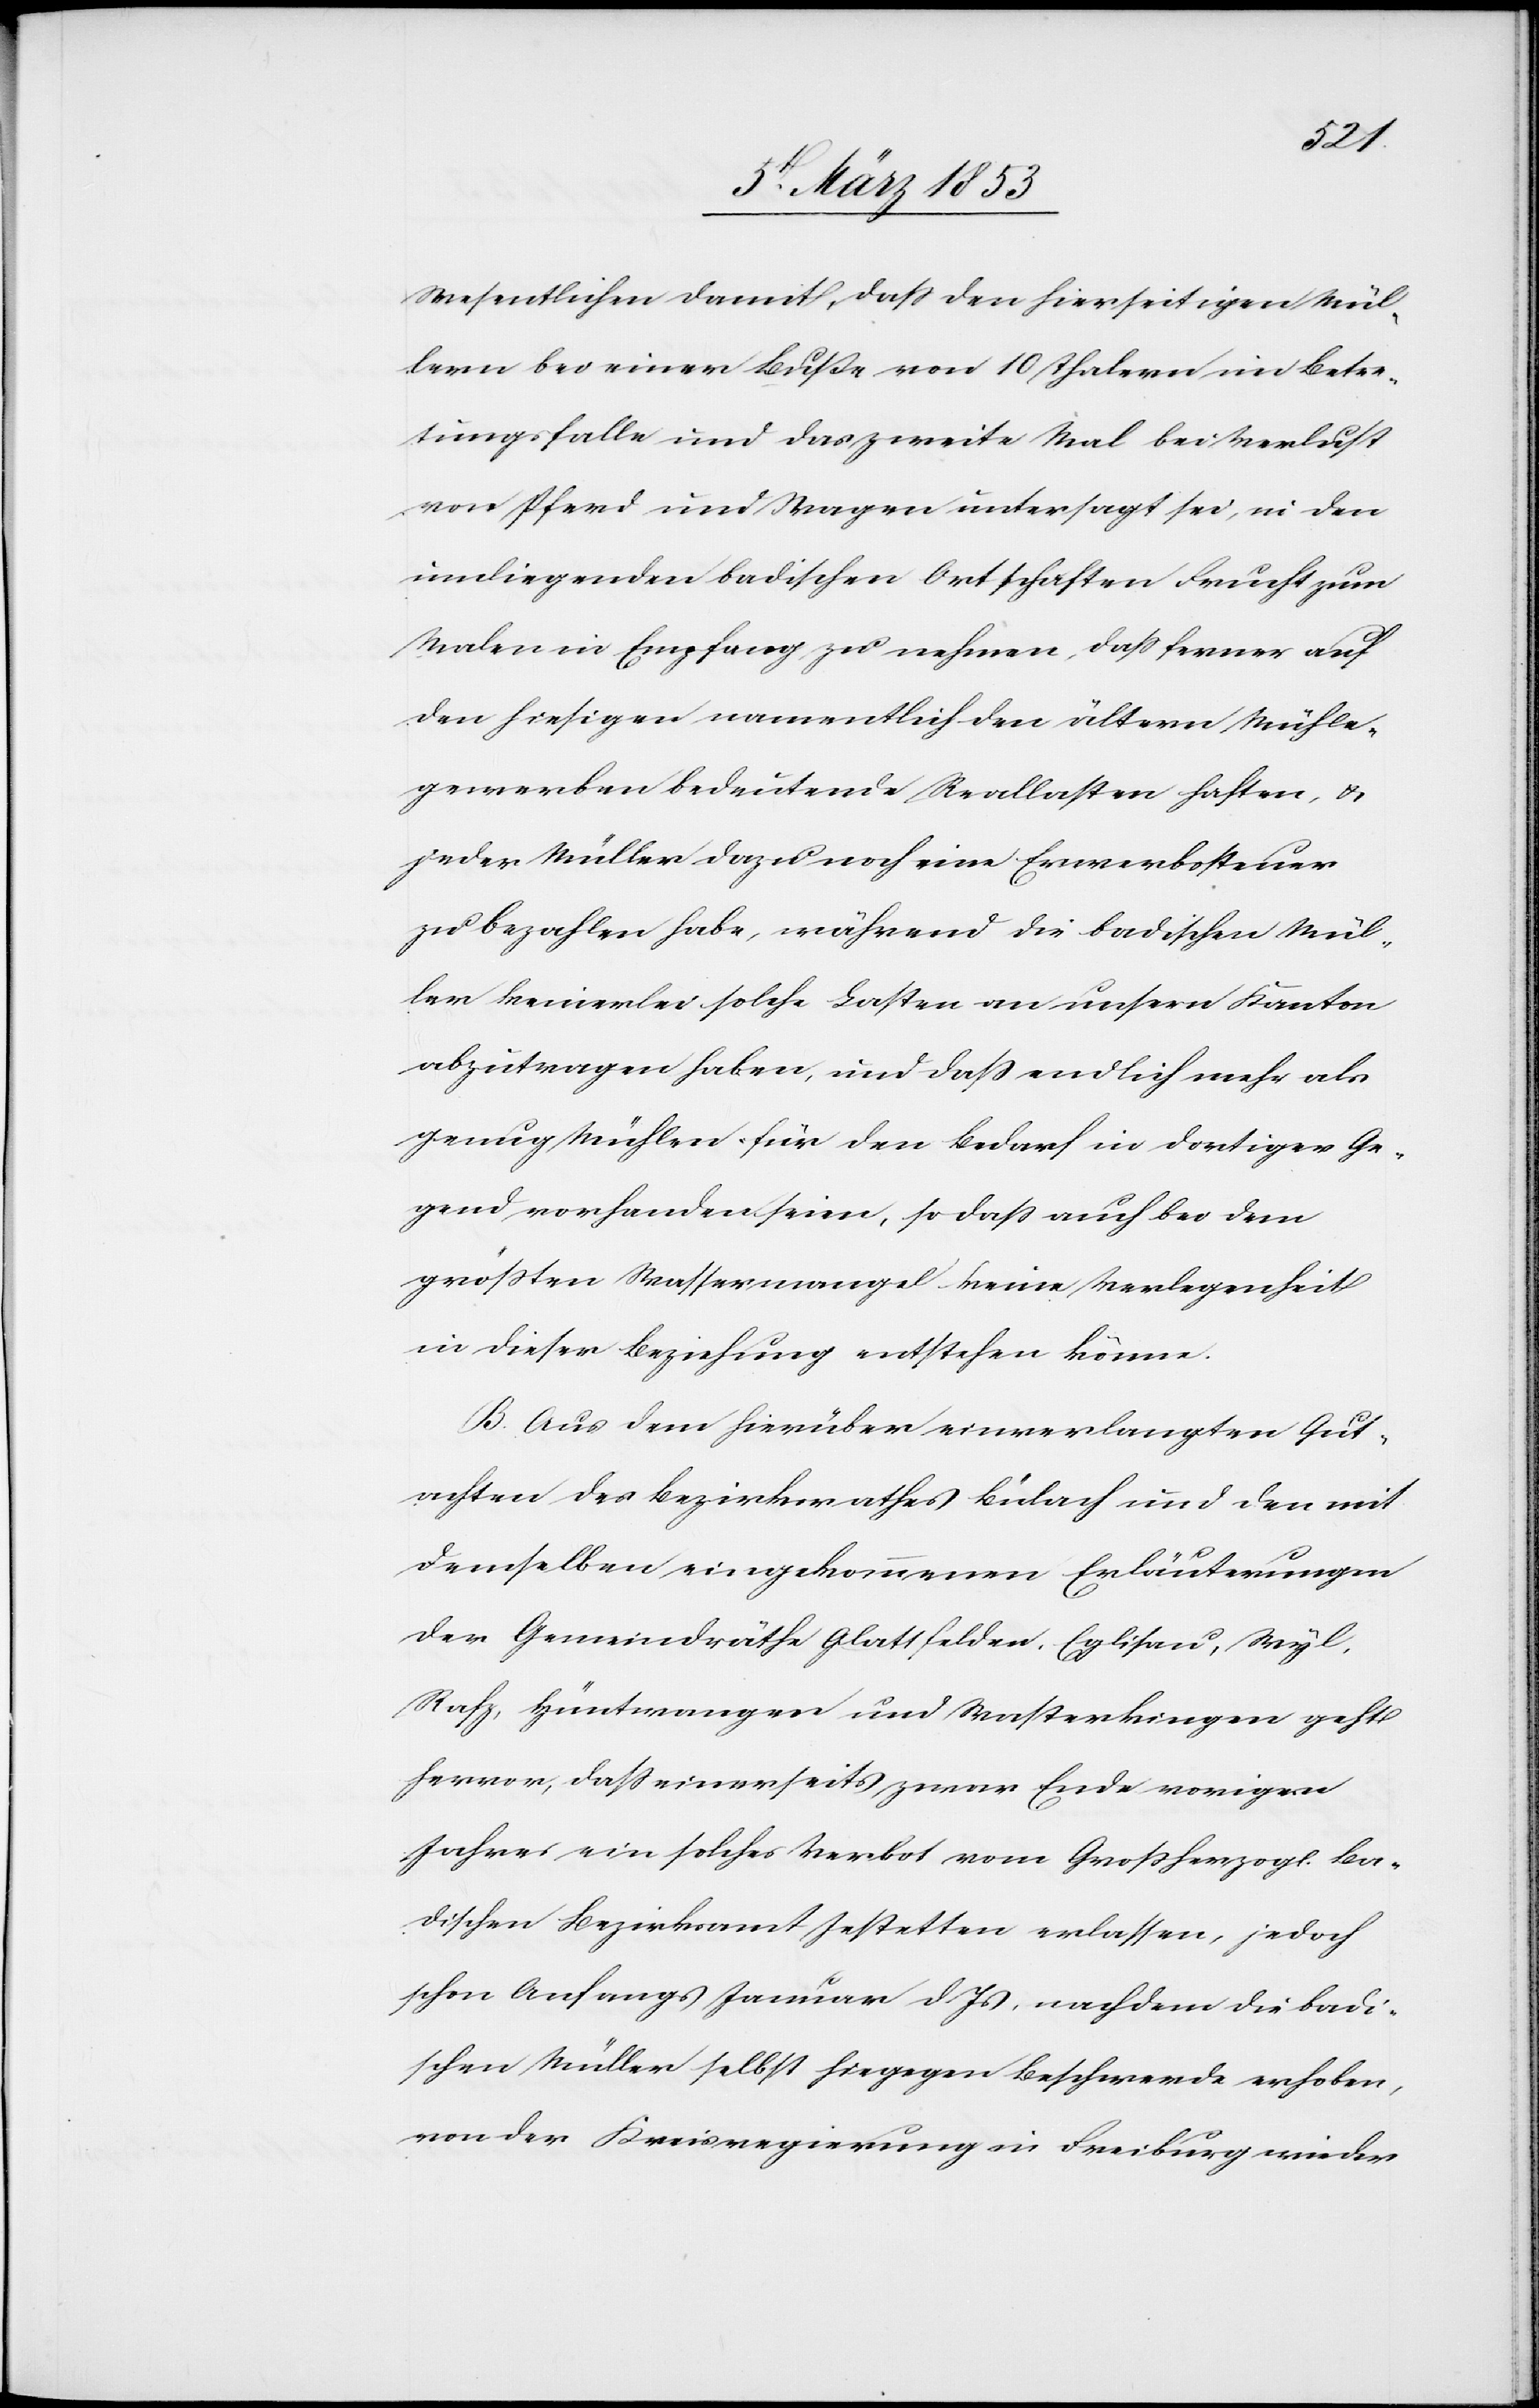
Wesentlichen damit, daß den hierseitigen Mül¬
lern bei einer Buße von 10 Thalern im Betre¬
tungsfalle und das zweite Mal bei Verlust
von Pferd und Wagen untersagt sei, in den
umliegenden badischen Ortschaften Frucht zum
Malen in Empfang zu nehmen, daß ferner auf
den hiesigen namentlich den ältern Mühle¬
gewerben bedeutende Reallasten haften, u.
jeder Müller dazu noch eine Erwerbssteuer
zu bezahlen habe, während die badischen Mül¬
ler keinerlei solche Lasten an unsern Kanton
abzutragen haben, und daß endlich mehr als
genug Mühlen, für den Bedarf in dortiger Ge¬
gend vorhanden seien, so daß auch bei dem
größten Wassermangel keine Verlegenheit
in dieser Beziehung entstehen könne.
B. Aus dem hierüber einverlangten Gut¬
achten des Bezirksrathes Bülach und den mit
demselben eingekommenen Erläuterungen
der Gemeindräthe Glattfelden, Eglisau, Wyl,
Rafz, Hüntwangen und Wasterkingen geht
hervor, daß einerseits zwar Ende vorigen
Jahres ein solches Verbot vom Großherzogl. Ba¬
dischen Bezirksamt Jestetten erlassen, jedoch
schon Anfangs Januar d. Js. nachdem die badi¬
schen Müller selbst hiegegen Beschwerde erhoben,
von der Kreisregierung in Freiburg wieder